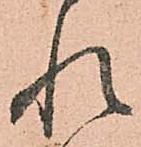
れ